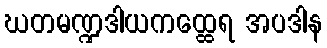
ဃတမဏ္ဍဒါယကထ္ထေရ အပဒါန